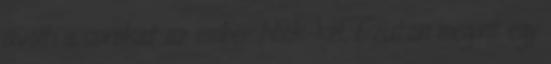
üvölti a sorokat az ember Nick-kel. Ezután megint egy